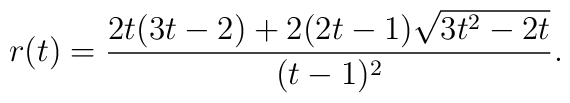
r(t) = \frac{2t(3t-2) + 2(2t-1)\sqrt{3t^2 - 2t}}{(t-1)^2}.